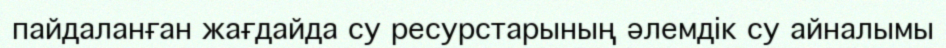
пайдаланған жағдайда су ресурстарының әлемдік су айналымы